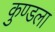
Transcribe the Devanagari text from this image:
कुण्डला